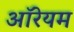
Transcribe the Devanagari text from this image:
ऑरेयम